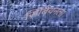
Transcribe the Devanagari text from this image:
सिंबियनला